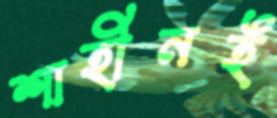
শাহীনই